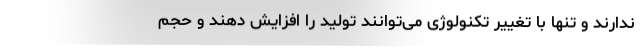
ندارند و تنها با تغییر تکنولوژی می‌توانند تولید را افزایش دهند و حجم